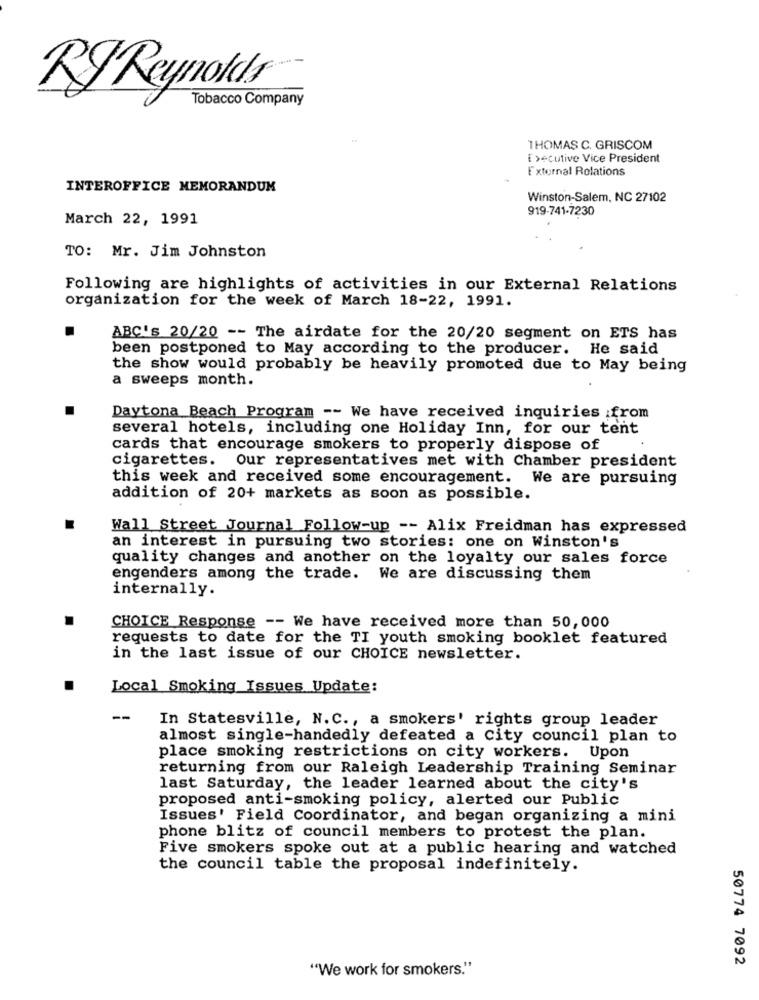
RJ Reynolds
Tobacco Company
THOMAS C. GRISCOM
Executive Vice President
External Relations
INTEROFFICE MEMORANDUM
Winston-Salem, NC 27102
919-741-7230
March 22, 1991
TO: Mr. Jim Johnston
Following are highlights of activities in our External Relations
organization for the week of March 18-22, 1991.
ABC's 20/20 -- The airdate for the 20/20 segment on ETS has
been postponed to May according to the producer. He said
the show would probably be heavily promoted due to May being
a sweeps month.
Daytona Beach Program -- We have received inquiries from
several hotels, including one Holiday Inn, for our tent
cards that encourage smokers to properly dispose of
cigarettes. Our representatives met with Chamber president
this week and received some encouragement.
We are pursuing
addition of 20+ markets as soon as possible.
Wall Street Journal Follow-up -- Alix Freidman has expressed
an interest in pursuing two stories: one on Winston's
quality changes and another on the loyalty our sales force
engenders among the trade.
We are discussing them
internally.
CHOICE Response -- We have received more than 50,000
requests to date for the TI youth smoking booklet featured
in the last issue of our CHOICE newsletter.
Local Smoking Issues Update:
--
In Statesville, N.C ., a smokers' rights group leader
almost single-handedly defeated a City council plan to
place smoking restrictions on city workers. Upon
returning from our Raleigh Leadership Training Seminar
last Saturday, the leader learned about the city's
proposed anti-smoking policy, alerted our Public
Issues' Field Coordinator, and began organizing a mini
phone blitz of council members to protest the plan.
Five smokers spoke out at a public hearing and watched
the council table the proposal indefinitely.
50774 7092
"We work for smokers."